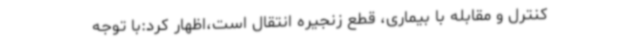
کنترل و مقابله با بیماری، قطع زنجیره انتقال است،اظهار کرد:با توجه